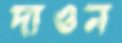
দাওন